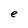
Character: e